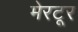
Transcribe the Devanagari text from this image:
मेरटूर